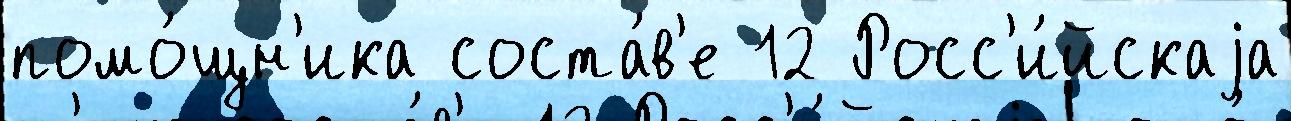
помо́щн'ика соста́в'е 12 Росс'и́йскаjа